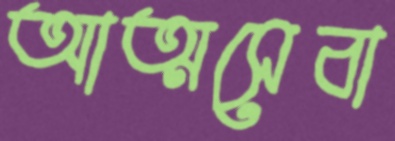
আত্মসেবা